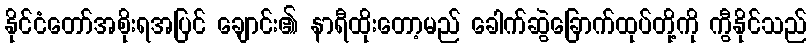
နိုင်ငံတော်အစိုးရအပြင် ချောင်း၏ နာရီထိုးတော့မည် ခေါက်ဆွဲခြောက်ထုပ်တို့ကို ကွီနိုင်သည်